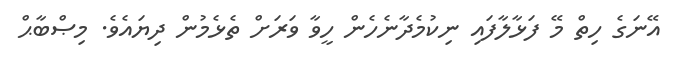
އޭނަގެ ހިތް މޭ ފަޅާލާފައި ނިކުމެދާނެހެން ހީވާ ވަރަށް ތެޅެމުން ދިޔައެވެ. މިޞްބާޙް